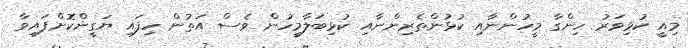
މިއީ ކުޅިވަރު ހިންގާ މީހުންނާއި ކުޅުންތެރިންނާއި ކުޅިބަލާމީހުން ވެސް އަތުން ހިފައި ޔަގީންކޮށްފައިވާ